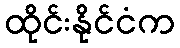
ထိုင်းနိုင်ငံက